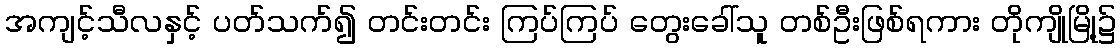
အကျင့်သီလနှင့် ပတ်သက်၍ တင်းတင်း ကြပ်ကြပ် တွေးခေါ်သူ တစ်ဦးဖြစ်ရကား တိုကျိုမြို့၌